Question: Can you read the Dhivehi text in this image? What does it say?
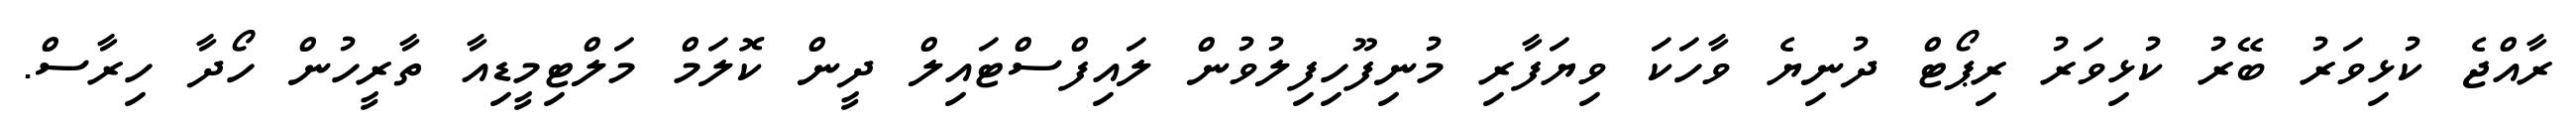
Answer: ރާއްޖެ ކުޅިވަރު ބޭރު ކުޅިވަރު ރިޕޯޓް ދުނިޔެ ވާހަކަ ވިޔަފާރި މުނިފޫހިފިލުވުން ލައިފްސްޓައިލް ދީން ކޮލަމް މަލްޓިމީޑިއާ ތާރީހުން ހޯދާ ހިރާސް.